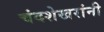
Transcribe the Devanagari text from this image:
चंदशेखरांनी